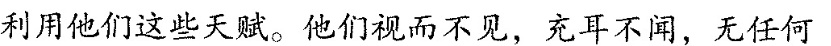
利用他们这些天赋。他们视而不见，充耳不闻，无任何